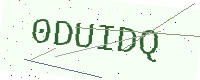
Text: 0DUIDQ